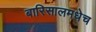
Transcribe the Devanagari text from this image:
बारिसालमधेच